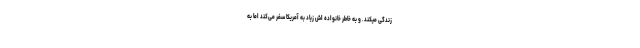
زندگی میکند. و به خاطر خانواده اش زیاد به آمریکا سفر می‌کند اما به